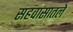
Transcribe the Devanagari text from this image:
सहवासातले